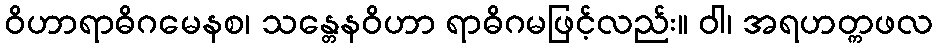
ဝိဟာရာဓိဂမေနစ၊ သန္တေနဝိဟာ ရာဓိဂမဖြင့်လည်း။ ဝါ၊ အရဟတ္ကဖလ